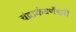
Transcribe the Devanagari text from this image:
चंद्रार्कवर्णेश्वरी